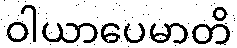
ဝါယာပေမာတိ